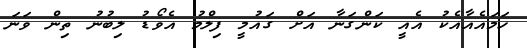
ހަމައެއާއެކު އެއީ ކަންގަނާ އަށް ގައުމީ ފިލްމު އެވޯޑު ލިބުނު ތިން ވަނަ